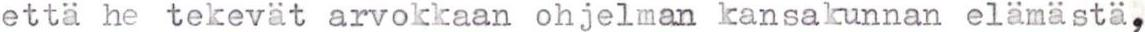
että he tekevät arvokkaan ohjelman kansakunnan elämästä,